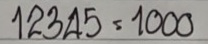
12345 = 1000